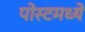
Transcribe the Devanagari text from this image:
पोस्टमध्ये